Some observations on the poison of Russell's viper (Daboia russellii) - Number 3
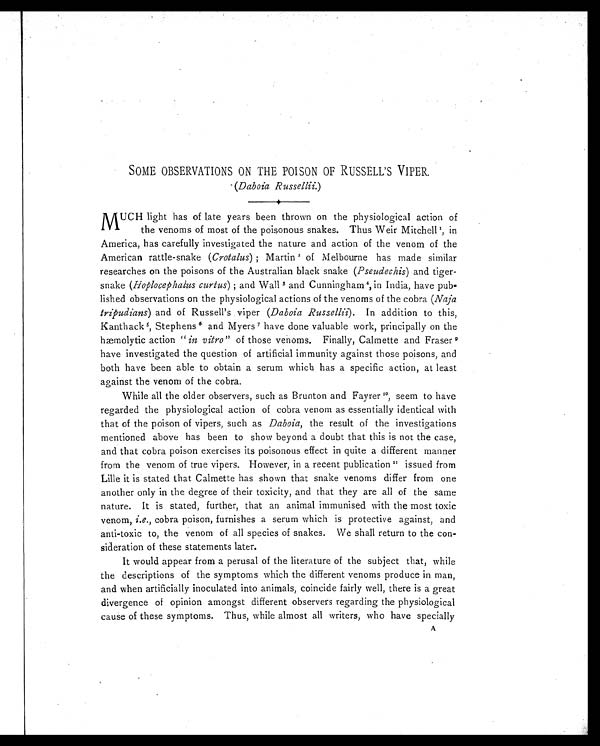
SOME OBSERVATIONS ON THE POISON OF RUSSELL'S VIPER.
(Daboia Russellii.)
MUCH light has of late years been thrown on the physiological action of
the venoms of most of the poisonous snakes. Thus Weir Mitchell 1 in
America, has carefully investigated the nature and action of the venom of the
American rattle-snake ( Crotalus); Martin 2 of Melbourne has made similar
researches on the poisons of the Australian black snake ( Pseudechis ) and tiger-
snake ( Hoplocephalus curtus ); and Wall 3 and Cunningham 4, in India, have pub.
lished observations on the physiological actions of the venoms of the cobra ( Naja
tripudians) and of Russell's viper ( Daboia Russellii). In addition to this,
Kanthack 5 , Stephens 6 and Myers7 have done valuable work, principally on the
hæmolytic action "in vitro" of those venoms. Finally, Calmette and Fraser 9
have investigated the question of artificial immunity against those poisons, and
both have been able to obtain a serum which has a specific action, at least
against the venom of the cobra.
While all the older observers, such as Brunton and Fayrer 10, seem to have
regarded the physiological action of cobra venom as essentially identical with
that of the poison of vipers, such as Daboia, the result of the investigations
mentioned above has been to show beyond a doubt that this is not the case,
and that cobra poison exercises its poisonous effect in quite a different manner
from the venom of true vipers. However, in a recent publication 11 issued from
Lille it is stated that Calmette has shown that snake venoms differ from one
another only in the degree of their toxicity, and that they are all of the same
nature. It is stated, further, that an animal immunised with the most toxic
venom, i.e. , cobra poison, furnishes a serum which is protective against, and
anti-toxic to, the venom of all species of snakes. We shall return to the con
-sideration of these statements later.
It would appear from a perusal of the literature of the subject that, while
the descriptions of the symptoms which the different venoms produce in man,
and when artificially inoculated into animals, coincide fairly well, there is a great
divergence of opinion amongst different observers regarding the physiological
cause of these symptoms. Thus, while almost all writers, who have specially
A